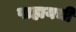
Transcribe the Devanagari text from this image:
पाहायची